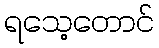
ရသေ့တောင်